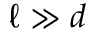
\ell \gg d